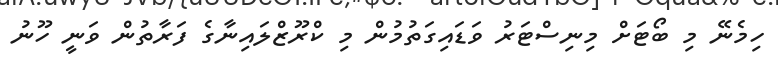
ހިމެނޭ މި ބޯޓަށް މިނިސްޓަރު ވަޑައިގަތުމުން މި ކްރޫޒްލައިނާގެ ފަރާތުން ވަނީ ހޫނު